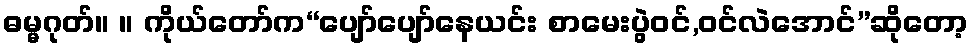
ဓမ္မဂုတ်။ ။ ကိုယ်တော်က“ပျော်ပျော်နေယင်း စာမေးပွဲဝင်,ဝင်လဲအောင်”ဆိုတော့